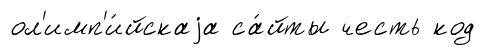
ол'имп'и́йскаjа са́йты честь код